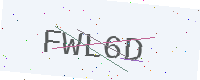
Text: FWL6D